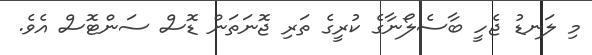
މި ލަނޑު ޖެހީ ބާސެލޯނާގެ ކުރީގެ ތަރި ޖޮނަތަން ޑޮސް ސަންޓޮސް އެެވެ.